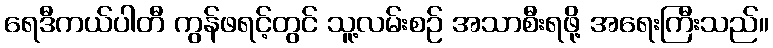
ရေဒီကယ်ပါတီ ကွန်ဖရင့်တွင် သူ့လမ်းစဉ် အသာစီးရဖို့ အရေးကြီးသည်။